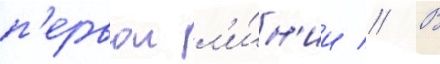
п'ервои л'и́н'ии // В